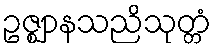
ဥဇ္ဈာနသညိသုတ္တံ